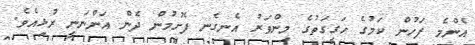
އެންމެ ފަހުން ކަމުގެ ހަގީގަތުގެ މިންވަރު އެނގެނ ފެށުމުން ދެން އަންނަނީ ރުޅިއެވެ.